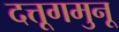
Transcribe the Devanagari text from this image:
दत्तूगमुनू